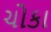
ચોકા